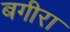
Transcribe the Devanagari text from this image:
बगीरा